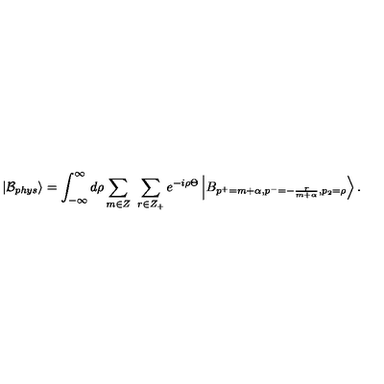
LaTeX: \left| \mathcal { B } _ { p h y s } \right\rangle = \int _ { - \infty } ^ { \infty } d \rho \sum _ { m \in Z } \ \sum _ { r \in Z _ { + } } e ^ { - i \rho \Theta } \left| B _ { p ^ { + } = m + \alpha , p ^ { - } = - \frac { r } { m + \alpha } , p _ { 2 } = \rho } \right\rangle .